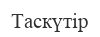
Таскүтір